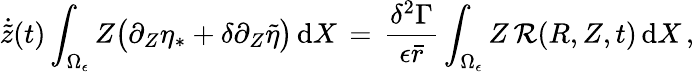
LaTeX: \dot{\tilde{z}}(t)\int_{\Omega_{\epsilon}}Z\bigl(\partial_{Z}\eta_{*}+\delta\partial_{Z}\tilde{\eta}\bigr)\, \mathrm{d}X\, =\, \frac{\delta^{2}\Gamma}{\epsilon\bar{r}}\int_{\Omega_{\epsilon}}Z\, \mathcal{R}(R,Z,t)\, \mathrm{d}X\, ,